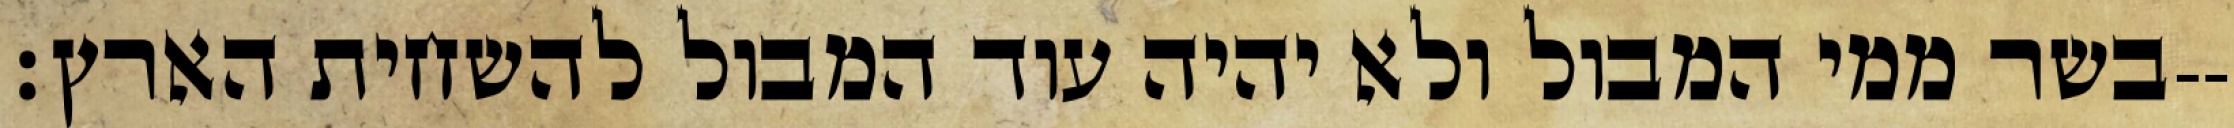
בשר ממי המבול ולא יהיה עוד המבול להשחית הארץ׃--